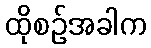
ထိုစဉ်အခါက